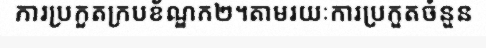
ការប្រកួតក្របខ័ណ្ឌក២។តាមរយៈការប្រកួតចំនួន